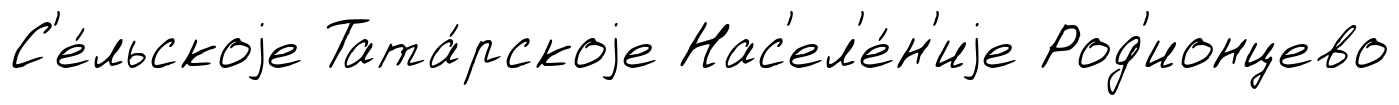
С'е́льскоjе Тата́рскоjе Нас'ел'е́н'иjе Род'ионцево